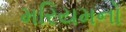
મરિયમનો